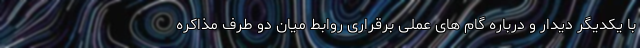
با یکدیگر دیدار و درباره گام های عملی برقراری روابط میان دو طرف مذاکره